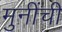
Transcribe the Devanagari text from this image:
मुनींची